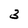
Character: 3